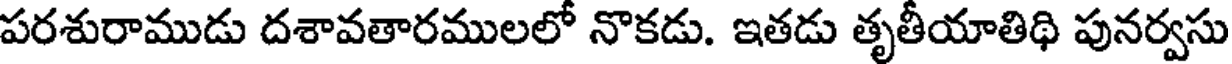
పరశురాముడు దశావతారములలో నొకడు. ఇతడు తృతీయాతిథి పునర్వసు